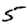
Digit: 5